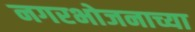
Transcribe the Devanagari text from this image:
नगरभोजनाच्या